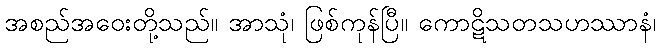
အစည်အဝေးတို့သည်။ အာသုံ၊ ဖြစ်ကုန်ပြီ။ ကောဋိသတသဟဿာနံ၊